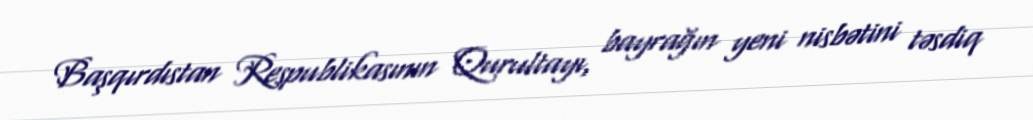
Başqırdıstan Respublikasının Qurultayı, bayrağın yeni nisbətini təsdiq